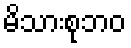
မိသားစုဘဝ